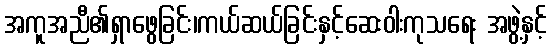
အကူအညီ၏ရှာဖွေခြင်း၊ကယ်ဆယ်ခြင်းနှင့်ဆေးဝါးကုသရေး အဖွဲ့နှင့်